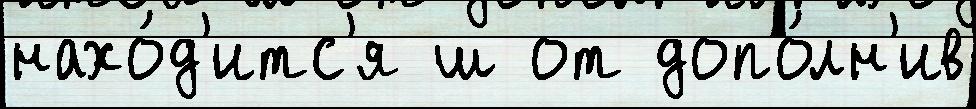
нахо́д'итс'я ш от допо́лн'ив